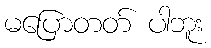
မပြောတတ် ပါဘူး